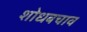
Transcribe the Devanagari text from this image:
शोधबचाव